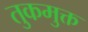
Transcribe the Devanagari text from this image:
तुकमुक्त